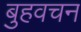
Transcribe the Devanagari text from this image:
बुहवचन